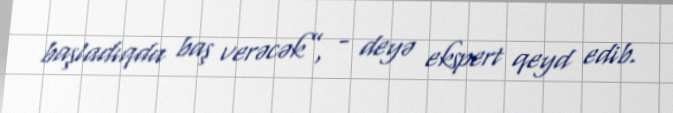
başladıqda baş verəcək”, - deyə ekspert qeyd edib.